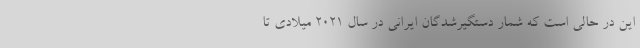
این در حالی است که شمار دستگیر‌شدگان ایرانی در سال ۲۰۲۱ میلادی تا